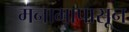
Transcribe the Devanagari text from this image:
मनामापासून